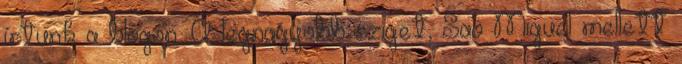
írtunk a blogon. A legnagyobb sziget, Sao Miguel mellett